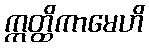
ဣတ္ထိကာမေဟိ